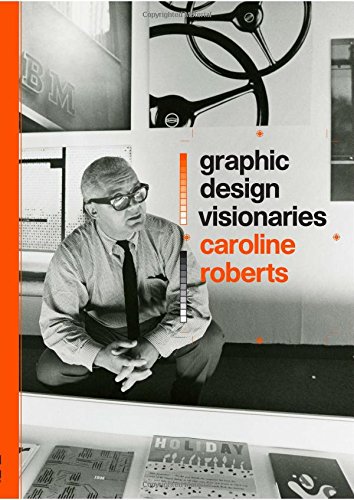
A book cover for Graphic Design Visionaries; Caroline Roberts; Biographies & Memoirs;